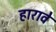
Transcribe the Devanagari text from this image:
हारावे